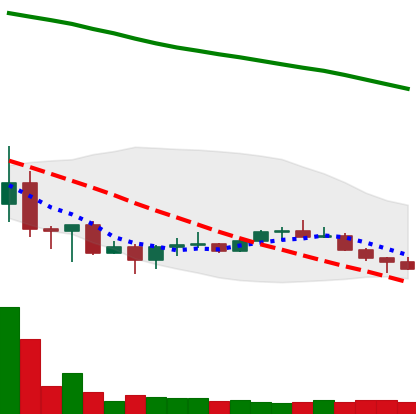
Ticker: NEO-USD
Chart end date: 2022-07-01
Forward return: 4.259%
Label: up_3_5